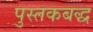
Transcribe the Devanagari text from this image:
पुस्तकबद्ध